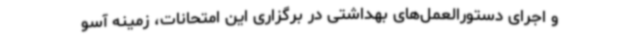
و اجرای دستورالعمل‌های بهداشتی در برگزاری این امتحانات، زمینه آسو